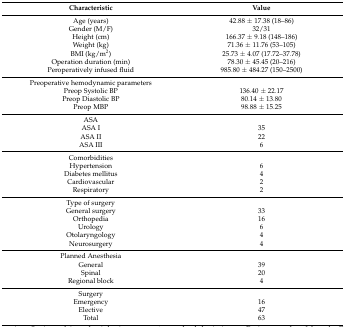
<table><thead><tr><td><b>Characteristic</b></td><td><b>Value</b></td></tr></thead><tbody><tr><td>Age (years)</td><td>42.88 ± 17.38 (18–86)</td></tr><tr><td>Gender (M/F)</td><td>32/31</td></tr><tr><td>Height (cm)</td><td>166.37 ± 9.18 (148–186)</td></tr><tr><td>Weight (kg)</td><td>71.36 ± 11.76 (53–105)</td></tr><tr><td>BMI (kg/m<sup>2</sup>)</td><td>25.73 ± 4.07 (17.72–37.78)</td></tr><tr><td>Operation duration (min)</td><td>78.30 ± 45.45 (20–216)</td></tr><tr><td>Peroperatively infused fluid</td><td>985.80 ± 484.27 (150–2500)</td></tr><tr><td>Preoperative hemodynamic parameters</td><td></td></tr><tr><td>Preop Systolic BP</td><td>136.40 ± 22.17</td></tr><tr><td>Preop Diastolic BP</td><td>80.14 ± 13.80</td></tr><tr><td>Preop MBP</td><td>98.88 ± 15.25</td></tr><tr><td>ASA </td><td></td></tr><tr><td>ASA I</td><td>35</td></tr><tr><td>ASA II</td><td>22</td></tr><tr><td>ASA III</td><td>6</td></tr><tr><td>Comorbidities</td><td></td></tr><tr><td>Hypertension</td><td>6</td></tr><tr><td>Diabetes mellitus</td><td>4</td></tr><tr><td>Cardiovascular</td><td>2</td></tr><tr><td>Respiratory</td><td>2</td></tr><tr><td>Type of surgery</td><td></td></tr><tr><td>General surgery </td><td>33</td></tr><tr><td>Orthopedia</td><td>16</td></tr><tr><td>Urology</td><td>6</td></tr><tr><td>Otolaryngology</td><td>4</td></tr><tr><td>Neurosurgery</td><td>4</td></tr><tr><td>Planned Anesthesia </td><td></td></tr><tr><td>General </td><td>39</td></tr><tr><td>Spinal </td><td>20</td></tr><tr><td>Regional block </td><td>4</td></tr><tr><td>Surgery </td><td></td></tr><tr><td>Emergency </td><td>16</td></tr><tr><td>Elective </td><td>47</td></tr><tr><td>Total</td><td>63</td></tr></tbody></table>